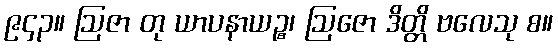
၉၄၃။ ဩဇာ တု ယာပနာယဉ္စ၊ ဩဇော ဒိတ္တိ ဗလေသု စ။